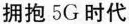
拥抱5G时代